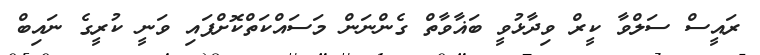
ރައީސް ސަލްވާ ކީރް ވިދާޅުވީ ބަޣާވާތް ގެންނަން މަސައްކަތްކޮށްފައި ވަނީ ކުރީގެ ނައިބް